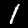
Label: 1